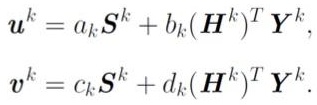
\[\begin{align*}
\boldsymbol{u}^k &= a_k \boldsymbol{S}^k + b_k (\boldsymbol{H}^k)^T \boldsymbol{Y}^k,\\
\boldsymbol{v}^k &= c_k \boldsymbol{S}^k + d_k (\boldsymbol{H}^k)^T \boldsymbol{Y}^k.
\end{align*}\]